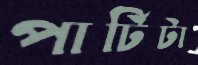
পার্টিটা